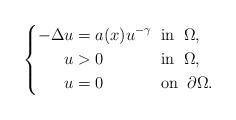
LaTeX: \begin{align*}\left\{\begin{alignedat}{2}-\Delta u & =a(x)u^{-\gamma}\;\; &&\mbox{in}\;\;\Omega,\\u & >0 &&\mbox{in}\;\;\Omega,\\u &= 0 &&\mbox{on}\;\;\partial\Omega.\end{alignedat}\right.\end{align*}